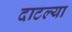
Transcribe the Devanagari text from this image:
दाटल्या